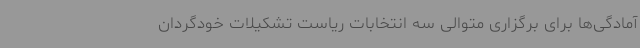
آمادگی‌ها برای برگزاری متوالی سه انتخابات ریاست تشکیلات خودگردان